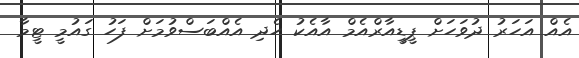
އެއް އަހަރު ދުވަހަށް ޕީޑީއާރްއެމް އާއެކު ހެދި އެއްބަސްވުމަށް ފަހު ގައުމީ ޓީމާ